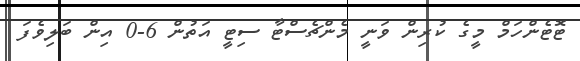
ޓޮޓެންހަމް މީގެ ކުރިން ވަނީ މެންޗެސްޓާ ސިޓީ އަތުން 6-0 އިން ބަލިވެފަ